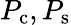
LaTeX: P_{\mathrm{c}},P_{\mathrm{s}}